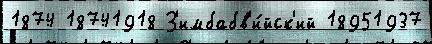
1874 18741918 З'имбабв'и́йск'ий 18951937